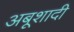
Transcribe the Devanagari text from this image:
अबूशादी